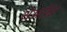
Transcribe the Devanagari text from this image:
थेअरीस